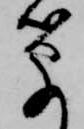
筆